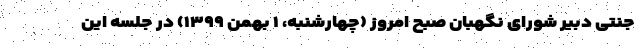
جنتی دبیر شورای نگهبان صبح امروز (چهارشنبه، ۱ بهمن ۱۳۹۹) در جلسه این